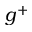
g ^ { + }